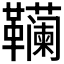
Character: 𱁾